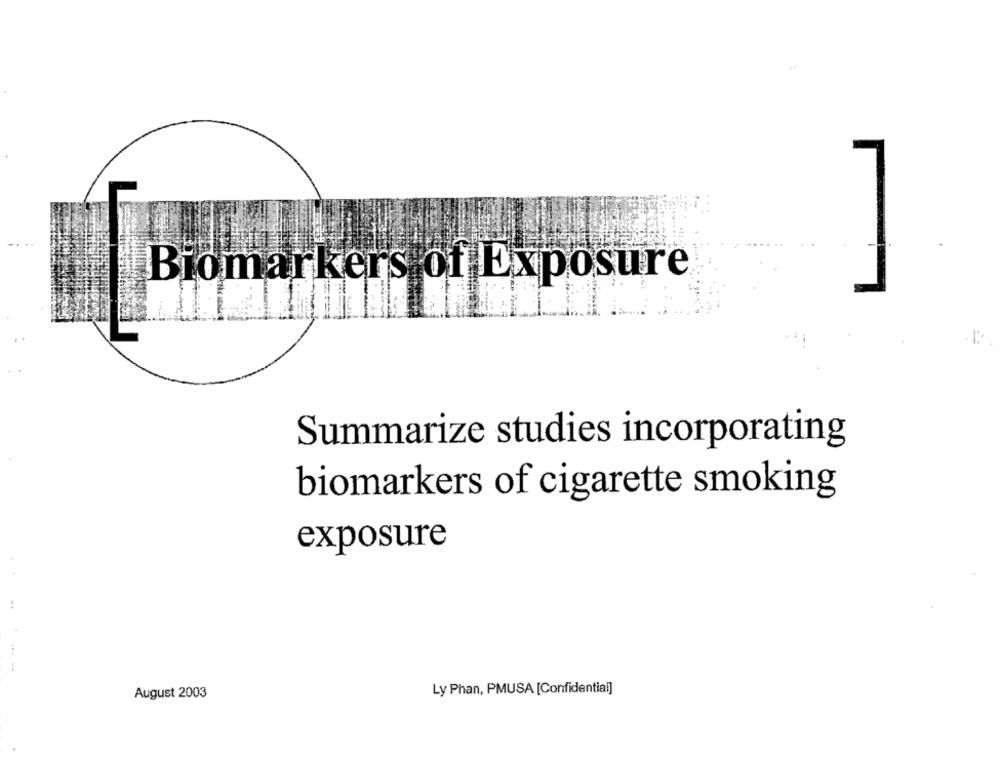
Biomarkers of Exposure
Summarize studies incorporating
biomarkers of cigarette smoking
exposure
Ly Phan, PMUSA [Confidential]
August 2003